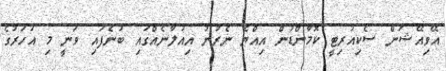
އޭވިއޭޝަން ސެކިއުރިޓީ ކޮމާންޑުން އިއްޔެ ނެރުނު އިއުލާނެއްގައި ބުނެފައި ވަނީ މި އަހަރުގެ